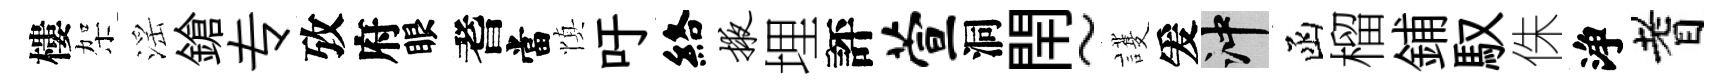
樓架滛鎗专攷府眼耆當慎吁絡掖埋評萱洞閈~護爰冲函榴鋪馭侏浄耆